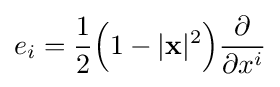
e_{i}={\frac {1}{2}}{\Bigl (}1-|\mathbf {x} |^{2}{\Bigr )}{\frac {\partial }{\partial x^{i}}}